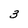
Character: 3